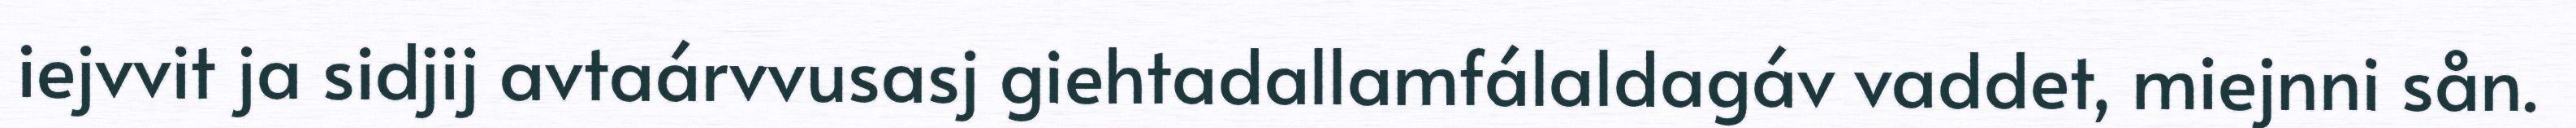
iejvvit ja sidjij avtaárvvusasj giehtadallamfálaldagáv vaddet, miejnni sån.